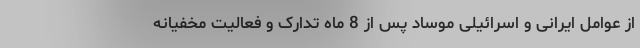
از عوامل ایرانی و اسرائیلی موساد پس از 8 ماه تدارک و فعالیت مخفیانه